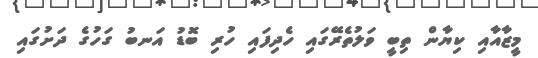
މީޒާއާއި ކިޔާން ތިބީ ވަލުތެރޭގައި ހެދިފައި ހުރި ބޮޑު އަނބު ގަހުގެ ދަށުގައި